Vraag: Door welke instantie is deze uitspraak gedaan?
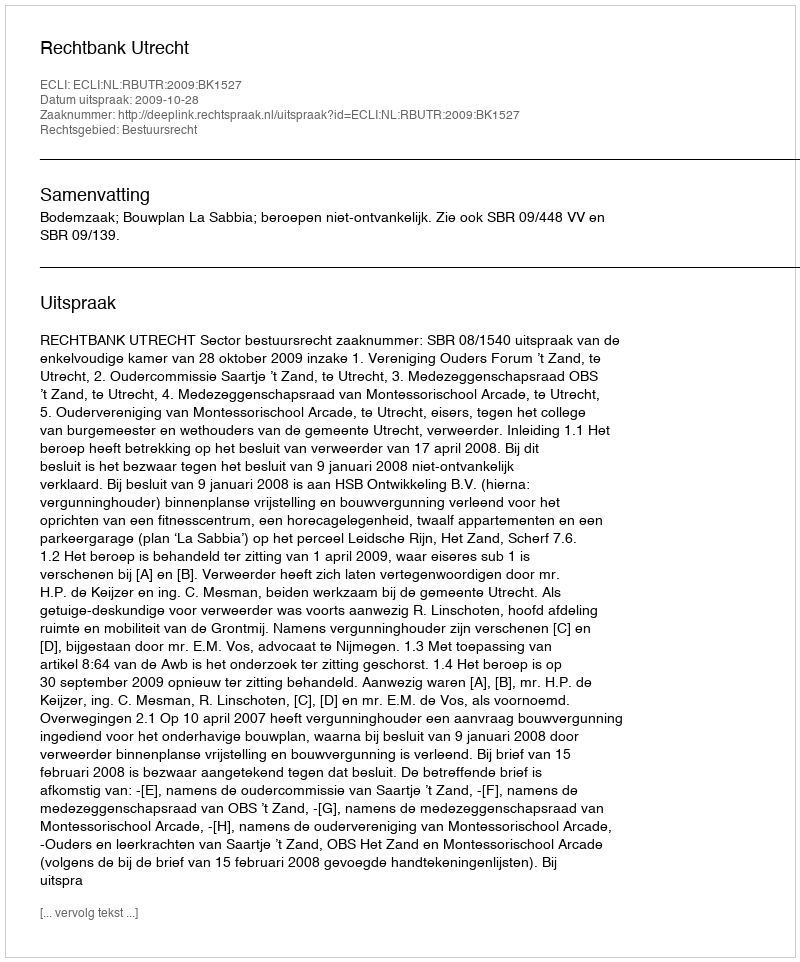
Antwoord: Rechtbank Utrecht